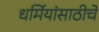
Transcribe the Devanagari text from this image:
धर्मियांसाठीचे